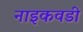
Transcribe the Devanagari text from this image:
नाइकवडी